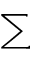
\displaystyle \sum